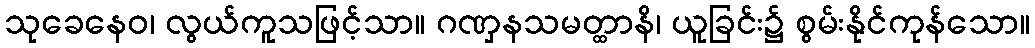
သုခေနေဝ၊ လွယ်ကူသဖြင့်သာ။ ဂဏှနသမတ္ထာနိ၊ ယူခြင်း၌ စွမ်းနိုင်ကုန်သော။